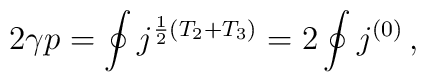
2\gamma p= \oint j^{\frac{1}{2}(T_{2}+T_{3})}=2\oint j^{(0)}\, ,